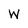
Character: W